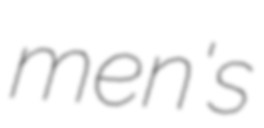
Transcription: men's